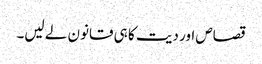
قصاص اور دیت کا ہی قانون لے لیں۔